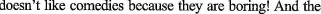
doesn't like comedies because they are boring! And the